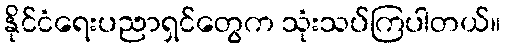
နိုင်ငံရေးပညာရှင်တွေက သုံးသပ်ကြပါတယ်။